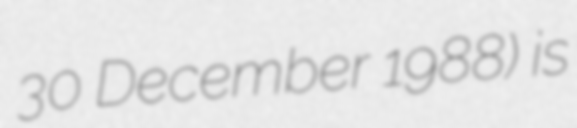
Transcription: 30 December 1988) is